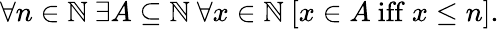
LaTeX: \forall n\in\mathbb{N}\ \exists A\subseteq\mathbb{N}\ \forall x\in\mathbb{N}\ [x\in A{\mathrm{~iff~}}x\leq n].